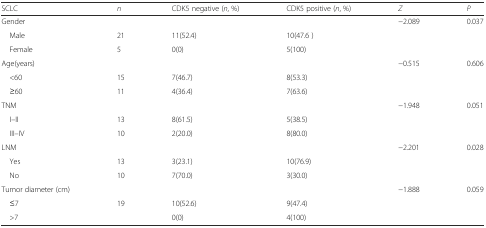
<table><thead><tr><td><b>SCLC</b></td><td><b><i>n</i></b></td><td><b>CDK5 negative (<i>n</i>, %)</b></td><td><b>CDK5 positive (<i>n</i>, %)</b></td><td><b><i>Z</i></b></td><td><b><i>P</i></b></td></tr></thead><tbody><tr><td>Gender</td><td></td><td></td><td></td><td>−2.089</td><td>0.037</td></tr><tr><td> Male</td><td>21</td><td>11(52.4)</td><td>10(47.6 )</td><td></td><td></td></tr><tr><td> Female</td><td>5</td><td>0(0)</td><td>5(100)</td><td></td><td></td></tr><tr><td>Age(years)</td><td></td><td></td><td></td><td>−0.515</td><td>0.606</td></tr><tr><td> &lt;60</td><td>15</td><td>7(46.7)</td><td>8(53.3)</td><td></td><td></td></tr><tr><td> ≥60</td><td>11</td><td>4(36.4)</td><td>7(63.6)</td><td></td><td></td></tr><tr><td>TNM</td><td></td><td></td><td></td><td>−1.948</td><td>0.051</td></tr><tr><td> I–II</td><td>13</td><td>8(61.5)</td><td>5(38.5)</td><td></td><td></td></tr><tr><td> III–IV</td><td>10</td><td>2(20.0)</td><td>8(80.0)</td><td></td><td></td></tr><tr><td>LNM</td><td></td><td></td><td></td><td>−2.201</td><td>0.028</td></tr><tr><td> Yes</td><td>13</td><td>3(23.1)</td><td>10(76.9)</td><td></td><td></td></tr><tr><td> No</td><td>10</td><td>7(70.0)</td><td>3(30.0)</td><td></td><td></td></tr><tr><td>Tumor diameter (cm)</td><td></td><td></td><td></td><td>−1.888</td><td>0.059</td></tr><tr><td> ≤7</td><td>19</td><td>10(52.6)</td><td>9(47.4)</td><td></td><td></td></tr><tr><td> &gt;7</td><td></td><td>0(0)</td><td>4(100)</td><td></td><td></td></tr></tbody></table>